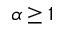
\alpha \ge 1